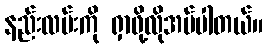
နည်းလမ်းကို ရှာဖို့လိုအပ်ပါတယ်။